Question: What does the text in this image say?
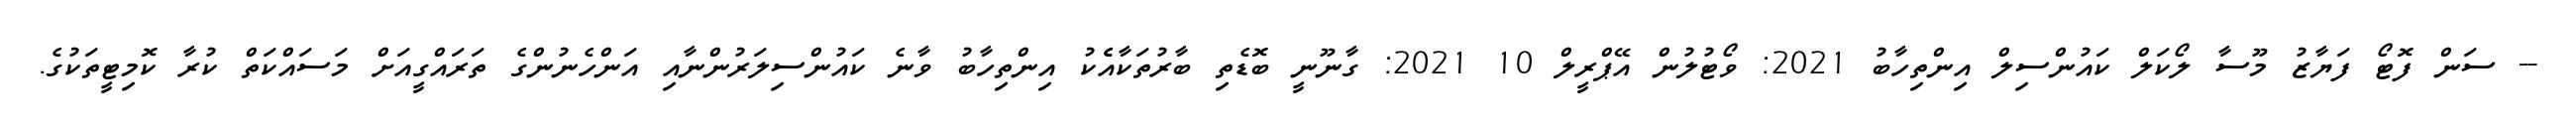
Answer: -- ސަން ފޮޓޯ ފަޔާޒު މޫސާ ލޯކަލް ކައުންސިލް އިންތިހާބު 2021: ވޯޓުލުން އޭޕްރީލް 10 2021: ގާނޫނީ ބޮޑެތި ބާރުތަކާއެެކު އިންތިހާބު ވާނެ ކައުންސިލަރުންނާއި އަންހެނުންގެ ތަރައްގީއަށް މަސައްކަތް ކުރާ ކޮމިޓީތަކުގެ.